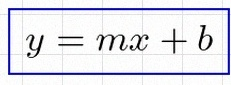
y=mx+b